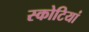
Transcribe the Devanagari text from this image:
स्कोटियां